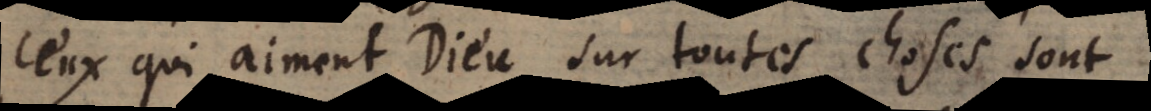
ceux qui aiment Dieu sur toutes choses sont